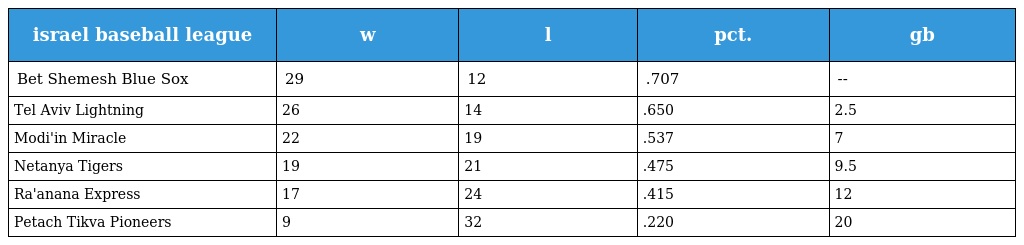
| israel baseball league | w | l | pct. | gb |
 | --- | --- | --- | --- | --- |
 | Bet Shemesh Blue Sox | 29 | 12 | .707 | -- |
 | Tel Aviv Lightning | 26 | 14 | .650 | 2.5 |
 | Modi'in Miracle | 22 | 19 | .537 | 7 |
 | Netanya Tigers | 19 | 21 | .475 | 9.5 |
 | Ra'anana Express | 17 | 24 | .415 | 12 |
 | Petach Tikva Pioneers | 9 | 32 | .220 | 20 |